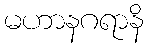
မဟာနဂရာနိ